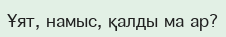
Ұят, намыс, қалды ма ар?